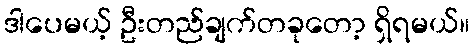
ဒါပေမယ့် ဦးတည်ချက်တခုတော့ ရှိရမယ်။